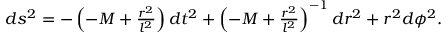
\begin{array} { r } { d s ^ { 2 } = - \left( - M + \frac { r ^ { 2 } } { l ^ { 2 } } \right) d t ^ { 2 } + \left( - M + \frac { r ^ { 2 } } { l ^ { 2 } } \right) ^ { - 1 } d r ^ { 2 } + r ^ { 2 } d \phi ^ { 2 } . } \end{array}